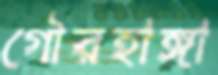
গৌরহাঙ্গা